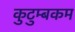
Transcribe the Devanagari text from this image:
कुटुम्‍बकम